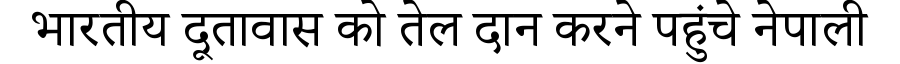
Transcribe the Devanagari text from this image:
भारतीय दूतावास को तेल दान करने पहुंचे नेपाली